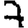
Digit: 7